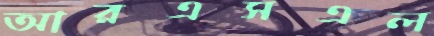
আরএসএল